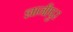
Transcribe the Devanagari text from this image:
ज्ञानीपुर